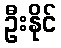
ဦးနိုင်